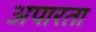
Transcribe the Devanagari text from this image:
अपारता